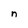
Character: n